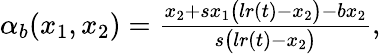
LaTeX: \begin{array}{r}{\alpha_{b}(x_{1},x_{2})=\frac{x_{2}+sx_{1}\big(lr(t)-x_{2}\big)-bx_{2}}{s\big(lr(t)-x_{2}\big)},}\end{array}